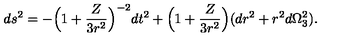
d s ^ { 2 } = - \Big ( 1 + { \frac { Z } { 3 r ^ { 2 } } } \Big ) ^ { - 2 } d t ^ { 2 } + \Big ( 1 + { \frac { Z } { 3 r ^ { 2 } } } \Big ) ( d r ^ { 2 } + r ^ { 2 } d \Omega _ { 3 } ^ { 2 } ) .